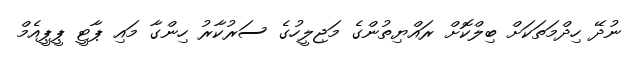
ނުދޭ ހިދްމަތަކަށް ބިލްކޮށް ރައްޔިތުންގެ މަޖިލީހުގެ ސަރުކާރު ހިންގާ މައި ޕާޓީ ޕީޕީއެމް